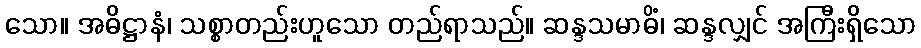
သော။ အဓိဋ္ဌာနံ၊ သစ္စာတည်းဟူသော တည်ရာသည်။ ဆန္ဒသမာဓိံ၊ ဆန္ဒလျှင် အကြီးရှိသော